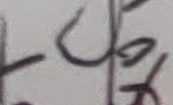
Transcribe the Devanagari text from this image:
दल